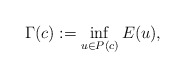
\begin{align*} \Gamma(c):=\inf_{u \in P(c)} E(u),\end{align*}